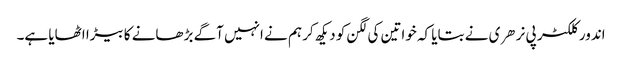
اندور کلکٹر پی نرهری نے بتایا کہ خواتین کی لگن کو دیکھ کر ہم نے انہیں آگے بڑھانے کا بیڑا اٹھایا ہے۔